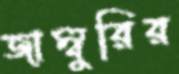
জাম্বুরির